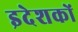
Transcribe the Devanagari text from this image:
इदेशकों